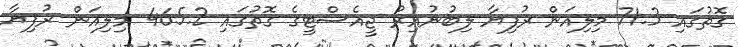
ގޮތުގައި 71.3 މިލިއަން ރުފިޔާ ލިބުނުއިރު ޖީއެސްޓީގެ ގޮތުގައި 465.2 މިލިއަން ރުފިޔާ